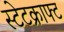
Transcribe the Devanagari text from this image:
स्टेटक्राफ्ट